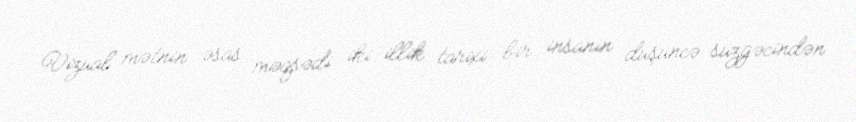
Vizual mətnin əsas məqsədi iki illik tarixi bir insanın düşüncə süzgəcindən